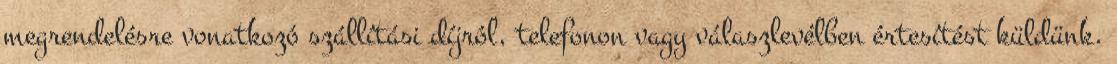
megrendelésre vonatkozó szállítási díjról, telefonon vagy válaszlevélben értesítést küldünk.